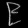
Digit: ၉